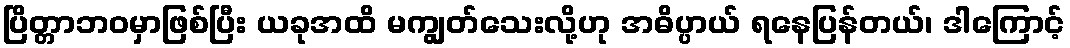
ပြိတ္တာဘဝမှာဖြစ်ပြီး ယခုအထိ မကျွတ်သေးလို့ဟု အဓိပ္ပာယ် ရနေပြန်တယ်၊ ဒါကြောင့်